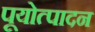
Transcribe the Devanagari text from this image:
पूयोत्पादन